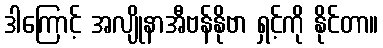
ဒါကြောင့် အလျိုနာအီဗန်နိုဗာ ရှင့်ကို နိုင်တာ။